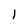
Character: l